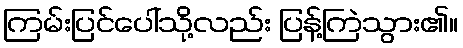
ကြမ်းပြင်ပေါ်သို့လည်း ပြန့်ကြဲသွား၏။